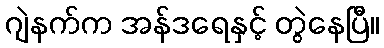
ဂျဲနက်က အန်ဒရေနှင့် တွဲနေပြီ။